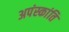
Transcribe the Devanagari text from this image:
अपंस्कांति